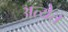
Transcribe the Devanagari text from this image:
अत्येत